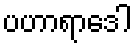
ပဟာရာဒေါ